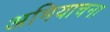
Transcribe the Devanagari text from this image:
अभियाचना